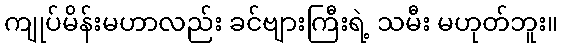
ကျုပ်မိန်းမဟာလည်း ခင်ဗျားကြီးရဲ့ သမီး မဟုတ်ဘူး။